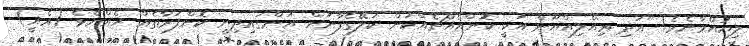
ލިޔުއްވާށެވެ! "އަދި ޢިއްލިއްޔޫން އަކީ ކޮންއެއްޗެއްކަން ކަލޭގެފާނަށް އަންގައިދިނީ ކޮންފަރާތެއް ހެއްޔެވެ (އެއީ)